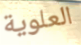
العلوية